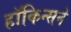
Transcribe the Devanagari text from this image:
हॉकिन्सने